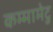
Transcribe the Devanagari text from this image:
कम्‍मामेटु